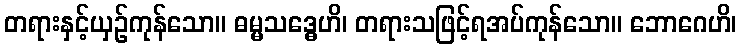
တရားနှင့်ယှဉ်ကုန်သော။ ဓမ္မသဒ္ဓေဟိ၊ တရားသဖြင့်ရအပ်ကုန်သော။ ဘောဂေဟိ၊